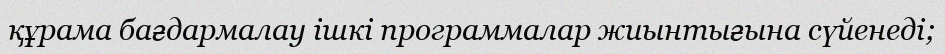
құрама бағдармалау ішкі программалар жиынтығына сүйенеді;